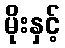
မိုးနှင့်